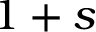
1 + s